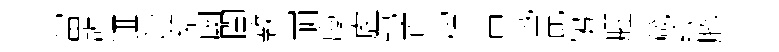
當訢逥缪貂劂閨斁崩廩虗鋟頁榴古哦毘鵑臞箴緣腾